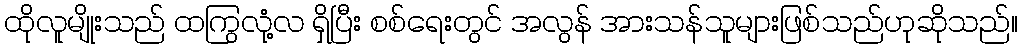
ထိုလူမျိုးသည် ထကြွလုံ့လ ရှိပြီး စစ်ရေးတွင် အလွန် အားသန်သူများဖြစ်သည်ဟုဆိုသည်။